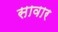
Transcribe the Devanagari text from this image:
सावार